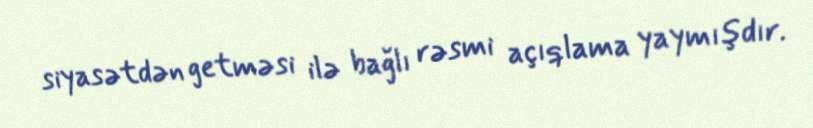
siyasətdən getməsi ilə bağlı rəsmi açıqlama yaymışdır.